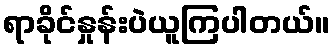
ရာခိုင်နှုန်းပဲယူကြပါတယ်။